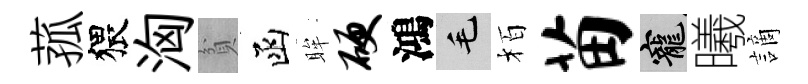
菰猥洶貧函眸硬鴻毛栢苗寵曦謫